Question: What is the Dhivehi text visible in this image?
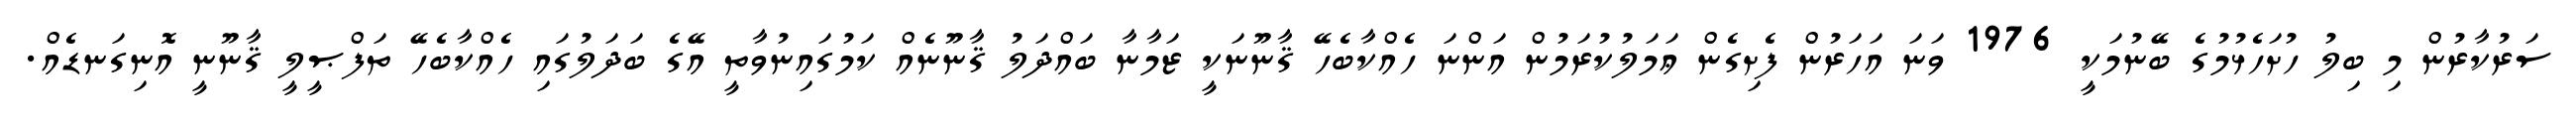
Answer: ސަރުކާރުން މި ބިލު ހުށަހެޅުމުގެ ބޭނުމަކީ 1976 ވަނަ އަހަރުން ފެށިގެން ޢަމަލުކުރަމުން އަންނަ ހެއްކާބެހޭ ޤާނޫނަކީ ޒަމާނާ ބައްދަލު ޤާނޫނެއް ކަމުގައިނުވާތީ އޭގެ ބަދަލުގައި ހެއްކާބެހޭ ތަފްޞީލީ ޤާނޫނީ އޮނިގަނޑެއް.